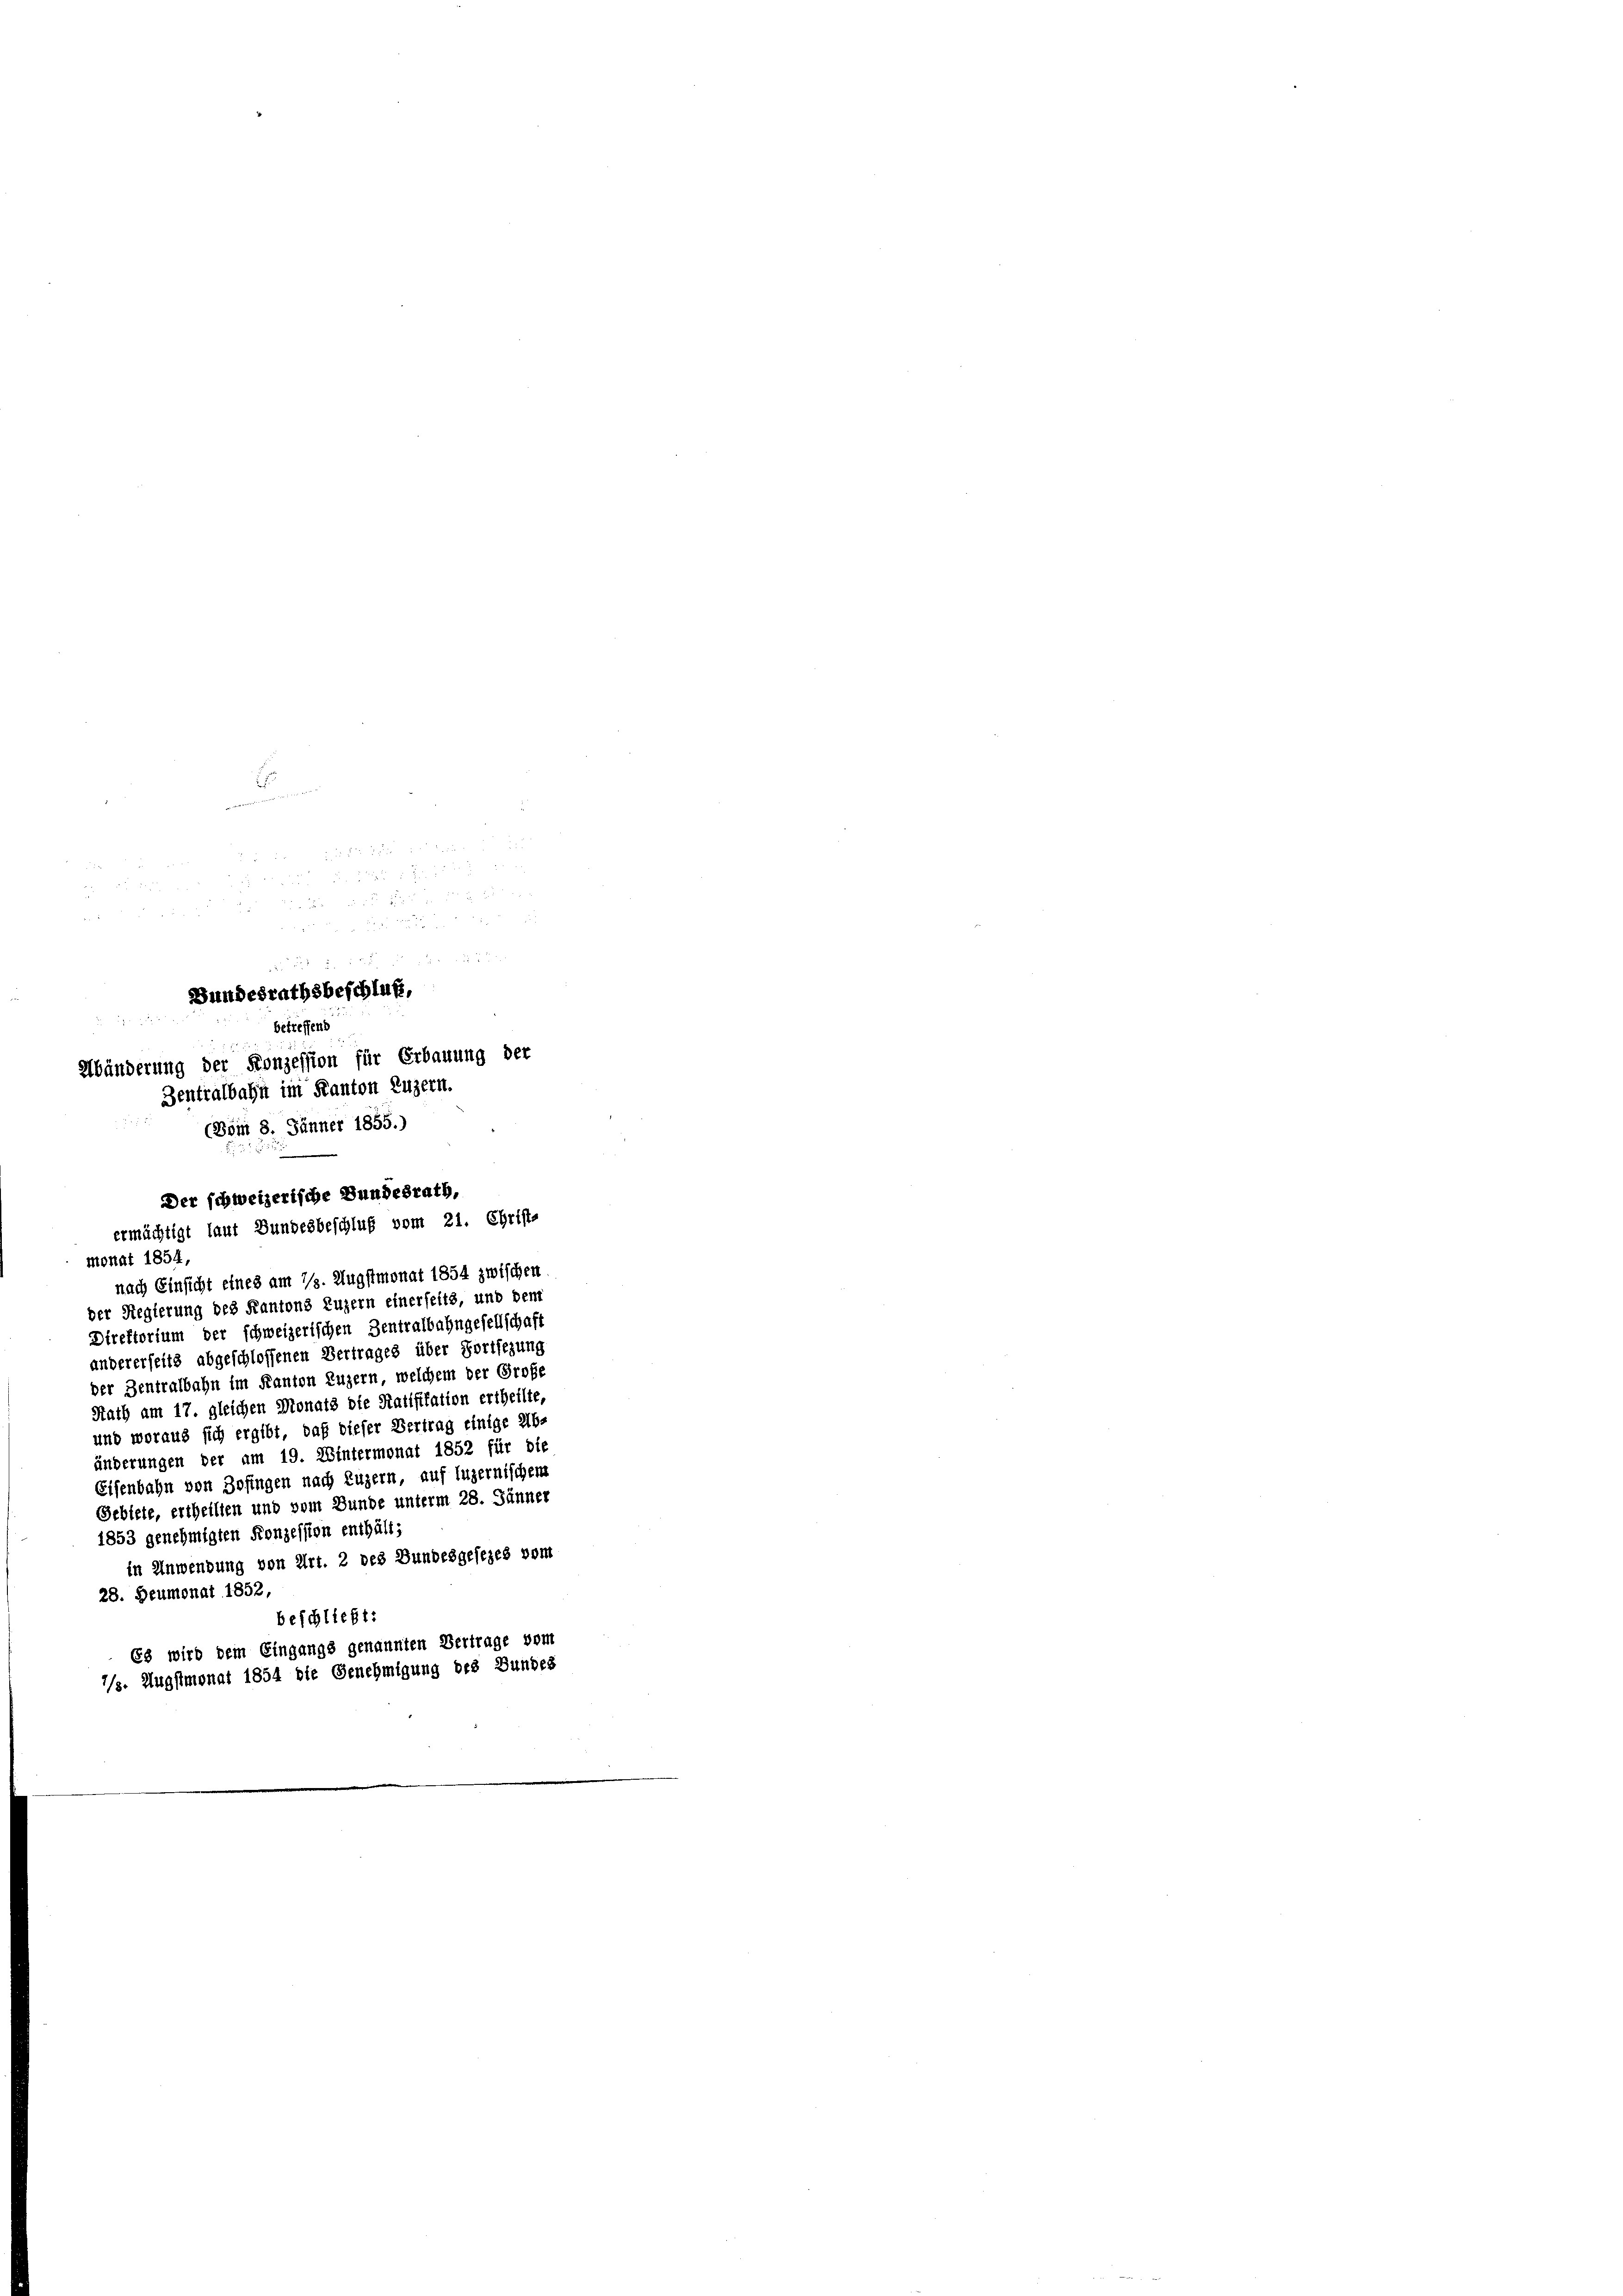
4 x
8 zu

d. 505 1 Fr. 151.
 40 x
.

Bundesrathsbeschluß,
betreffend
.
Abänderung der Konzession für Erbauung der
Zentralbahn im Kanton Luzern.
(Böm 8. Jänner 1855.)

monat 1854,
der Regierung des Kantons Luzern einerseits, und dem
Direktorium der schweizerischen Zentralbahngesellschaft
andererseits abgeschlossenen Vertrages über Fortsezung
der Zentralbahn im Kanton Luzern, welchem der Große
Nath am 17. gleichen Monats die Raiffitation ertheilte,
und woraus sich ergibt, daß dieser Vertrag einige Ab-
änderungen der am 19. Wintermonat 1852 für die
Eisenbahn von Zofingen nach Luzern, auf Luzernischem
Gebiete, ertheilten und vom Bunde unterm 28. Jänner
1853 genehmigten Konzession enthält;
in Anwendung von Art. 2 des Bundesgesezes vom
28. Heumonat 1852
beschließt:
Es wird dem Eingangs genannten Vertrage vom
1/3. Augstmonat 1854 die Genehmigung des Bundes

Der schweizerische Bundesrath,
ermächtigt laut Bundesbeschluß vom 21. Christe
nach Einsicht eines am 1. Augstmonat 1854 zwischen